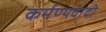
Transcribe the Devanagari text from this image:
कर्मण्यवादी